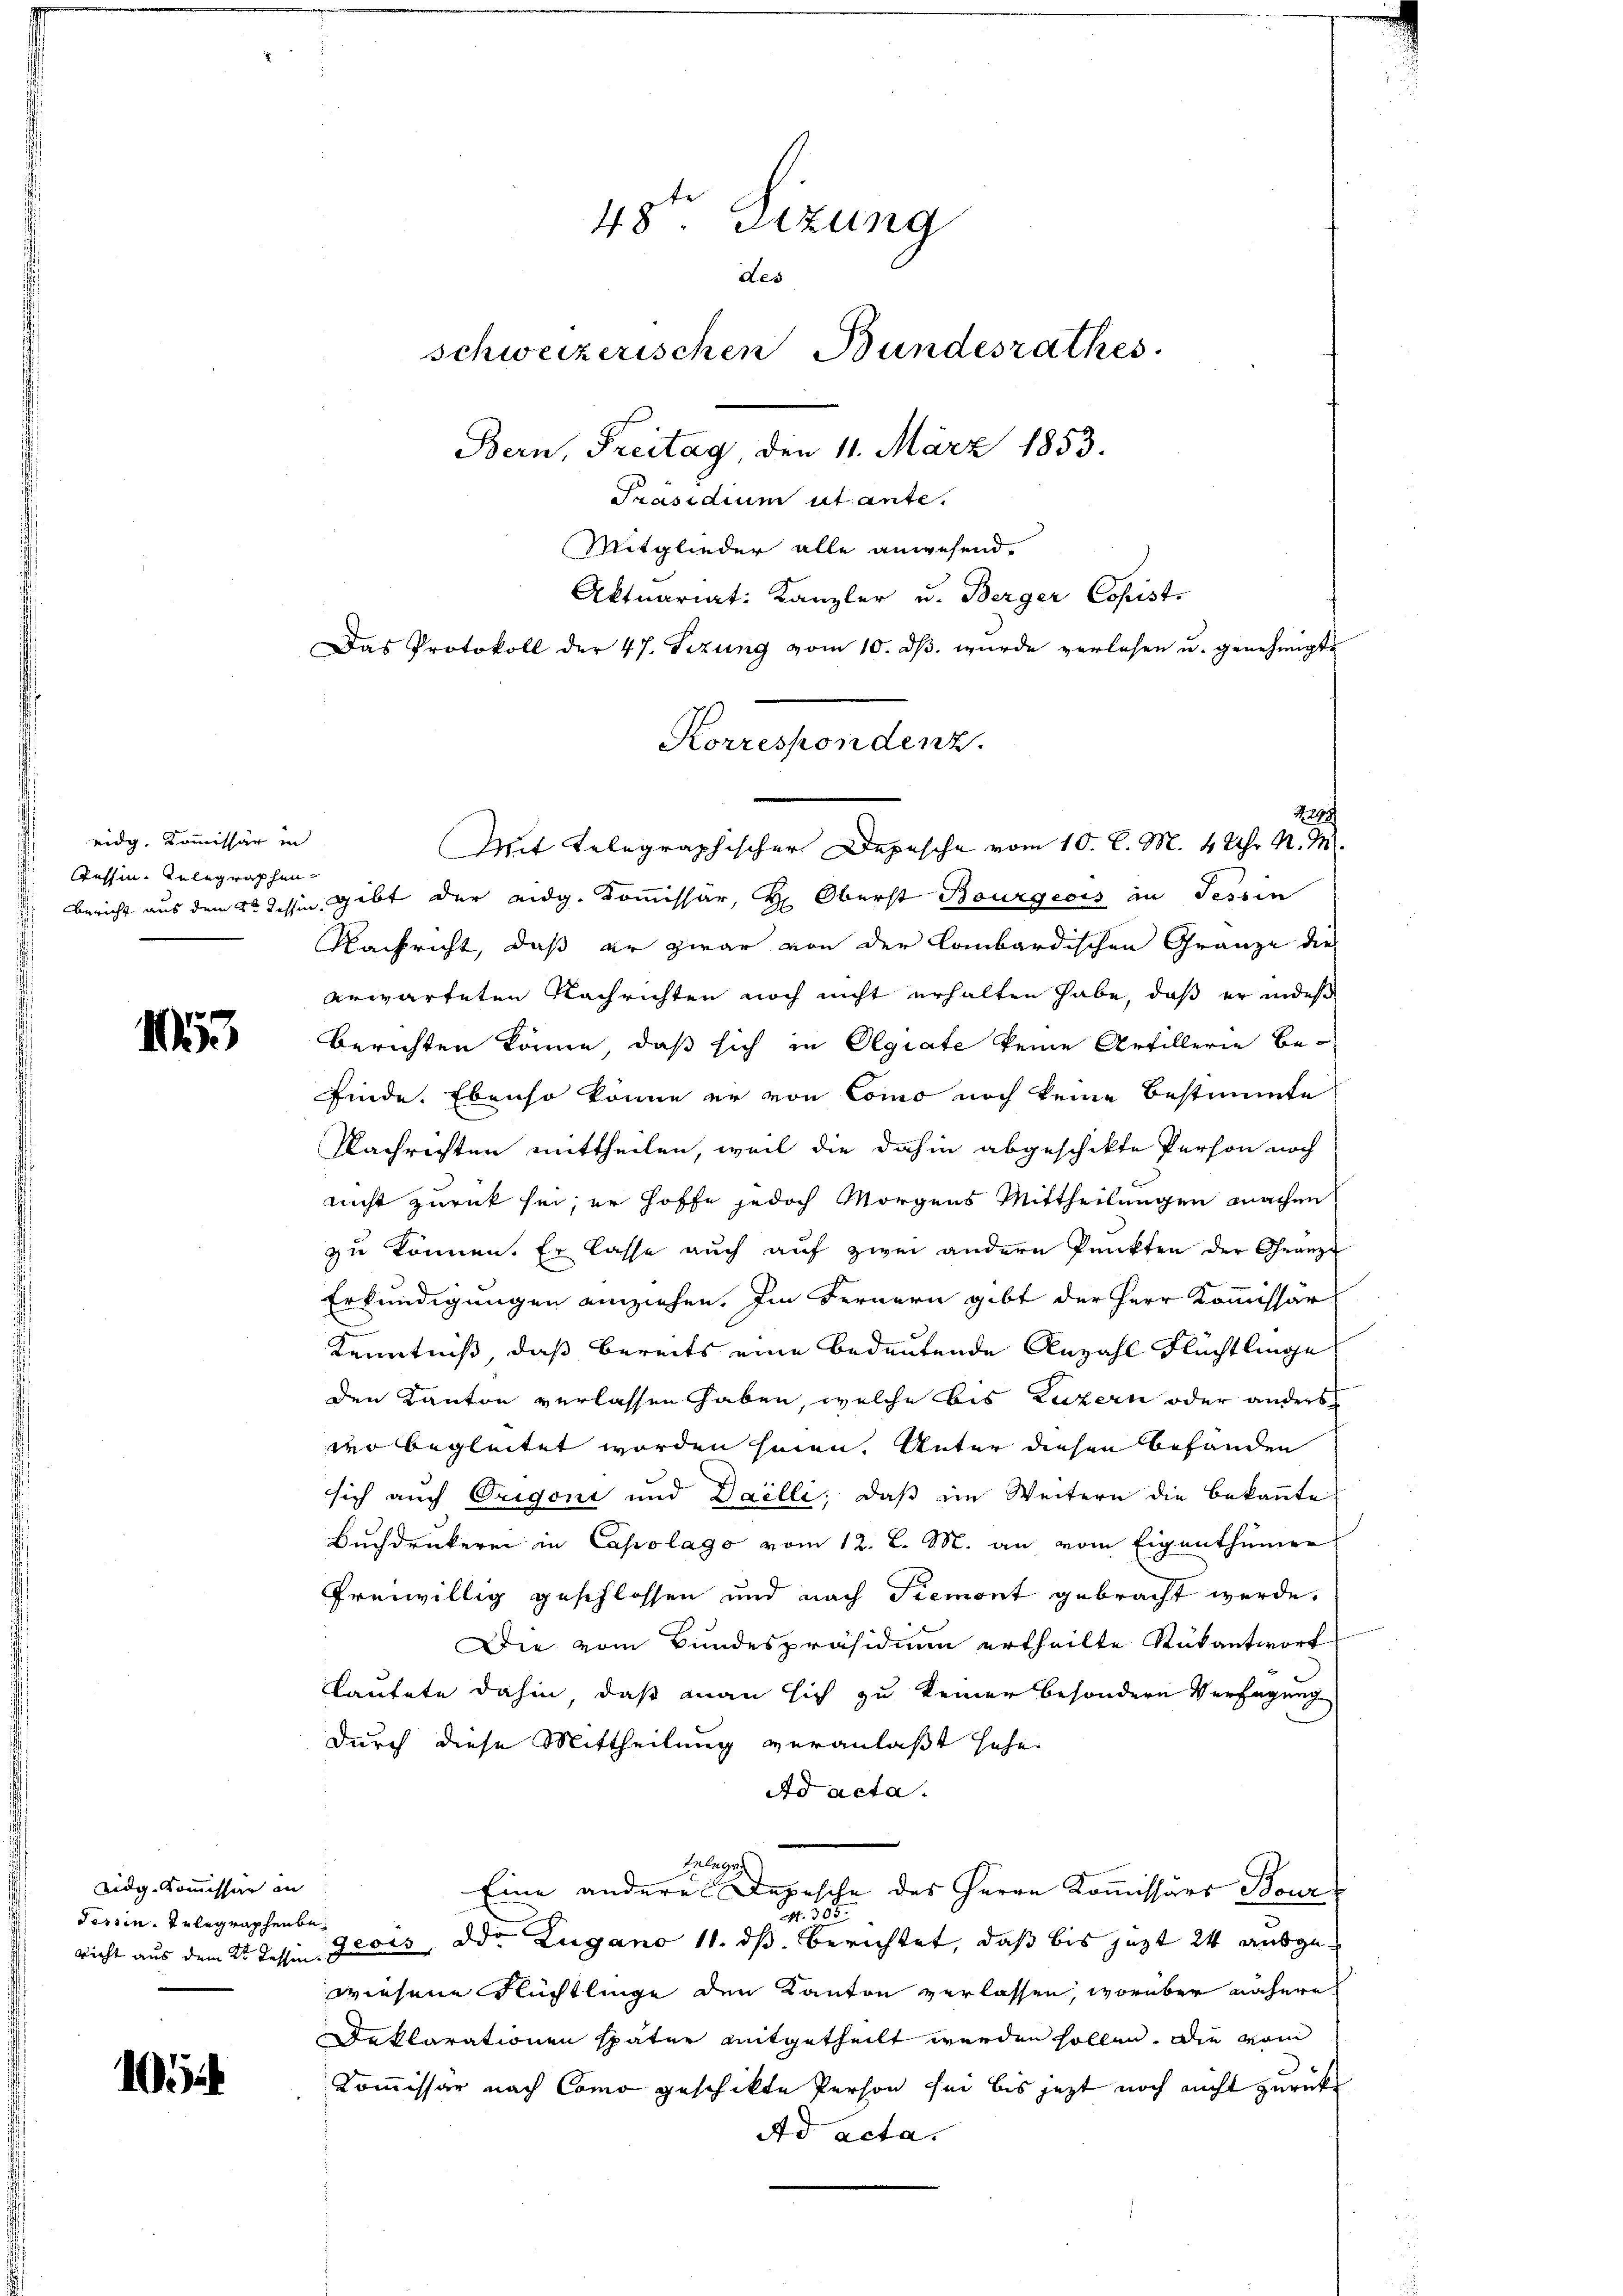
eidg. Kommissär in
 Cessin-Telegraphen-
Bericht aus dem 2t Tessin

1055

Eidg. Kommissär in
Tessin. Telegraphenb
richt aus dem Dr. Tessin

10

48. Sitzung
des
schweizerischen Bundesrathes.
Bern, Freitag, den 11. März 1853.
Präsidium ut ante.

Mitglieder alle anwesend.
299
gibt der eidg. Kommissar, H. Oberst Bourgeois in Tessin
Nachricht, daß er zwar von der Combardischen Gränze die
erwarteten Nachrichten noch nicht erhalten habe, daß er indes
berichten könne, daß sich in Olgiate keine Artillerie befinde. Ebenso könne er von Como noch keine bestimmte
Nachrichten mittheilen, weil die dahin abgeschikte Person noch
nicht zurück sei, er hoffe jedoch Morgens Mittheilungen machen
zu können. Er lasse auch auf zwei andern Punkten der Gränze
Erkundigungen einziehen. Im Fernern gibt der Herr Kommissär

Kenntniß, daß bereits eine bedeutende Anzahl Flüchtlinge
den Kanton verlassen haben, welche bis Luzern oder anders
wer begleitet worden seien. Unter diesen befanden
sich auch Origoni und Dailli, daβ im Weitern die bekaṅte
Buchdruckerei in Capolago vom 12. l. M. an vom Eigenthümer
freiwillig geschlossen und nach Tiemont gebracht werde.
Die vom Bundespräsidium ertheilte Rükantwort
Lautete dahin, daß man sich zu keiner besondern Verfügung
durch diese Mittheilung veranlaßt sehe.
Ad acta.
Belege
Eine anderes Depesche des Herrn Kommissärs Bour
t. 305.
geois, der Zugano 11. ds. berichtet, daß bis jezt 24 ausgewiesene Flüchtlinge den Kanton verlassen, worüber nähere
Faklarationen später mitgetheilt werden sollen. Die vom
Kommissär nach Como geschikte Person sei bis jetzt noch nicht zurücks
Ad acta.

Aktuariat: Kanzler u. Berger Copist.
Das Protokoll der 47. Sezŭng vom 10. dβ. wurde verlesen u. genehmigte
Korrespondenz
Mit telegraphischer Depesche vom 10. d. M. 4 Uhr M. M.